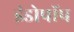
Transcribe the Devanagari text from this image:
इंडोपॉप